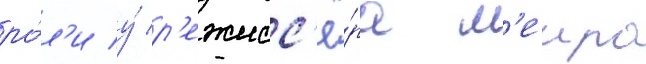
ро́л'и у́ р'ежисс'ё́ра м'еира